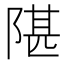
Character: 𬯋